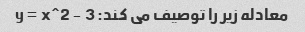
معادله زیر را توصیف می کند: y = x^2 - 3